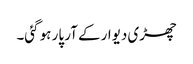
چھڑی دیوار کے آر پار ہو گئی۔